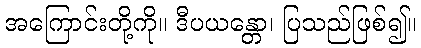
အကြောင်းတို့ကို။ ဒီပယန္တော၊ ပြသည်ဖြစ်၍။